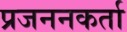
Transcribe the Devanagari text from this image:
प्रजननकर्ता